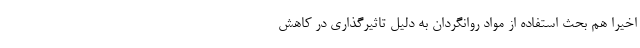
اخیرا هم بحث استفاده از مواد روانگردان به دلیل تاثیرگذاری در کاهش